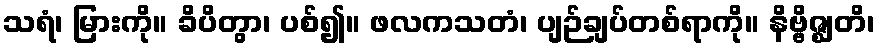
သရံ၊ မြားကို။ ခိပိတွာ၊ ပစ်၍။ ဖလကသတံ၊ ပျဉ်ချပ်တစ်ရာကို။ နိဗ္ဗိဇ္ဈတိ၊